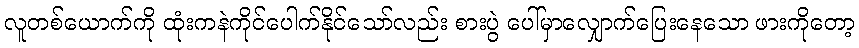
လူတစ်ယောက်ကို ထုံးကနဲကိုင်ပေါက်နိုင်သော်လည်း စားပွဲ ပေါ်မှာလျှောက်ပြေးနေသော ဖားကိုတော့